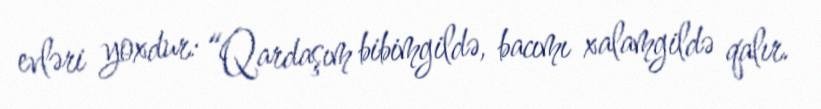
evləri yoxdur: “Qardaşım bibimgildə, bacımı xalamgildə qalır.